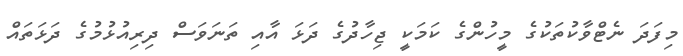
މިފަދަ ނެޓްވާކުތަކުގެ މީހުންގެ ކަމަކީ ޖިހާދުގެ ދަޅަ އާއި ތަނަވަސް ދިރިއުޅުމުގެ ދަޅަތައް